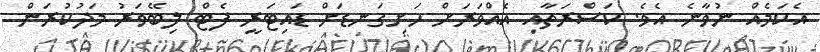
އެކަމެއް ނުވާނެ އެވެ. ކަސްރަތާއި އެއްވަރަށް ހަށިގަނޑަށް ޑައިޓަރީ ފެޓް ލިބޭވަރު މަދުކުރަން